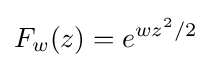
F_{w}(z)=e^{wz^{2}/2}